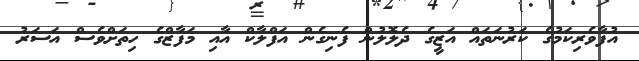
އުފާވެރިކަމުގެ ކަރުނަތައް އަޒީގެ ދެލޮލުން ފެނިގެން އަފްލާކް އާއި މަފާޒްގެ ހިތަށްވެސް އަސަރު